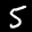
Label: 5